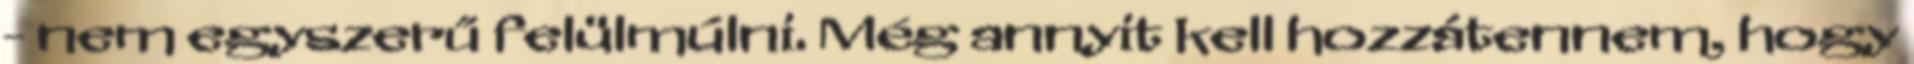
- nem egyszerű felülmúlni. Még annyit kell hozzátennem, hogy